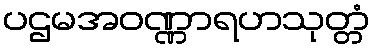
ပဌမအဝဏ္ဏာရဟသုတ္တံ